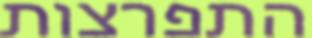
התפרצות